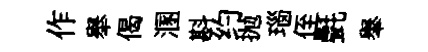
作舉偈溷斟约抛瑙侄㲲𦦙